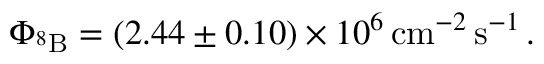
\Phi _ { ^ 8 \mathrm { B } } = ( 2 . 4 4 \pm 0 . 1 0 ) \times 1 0 ^ { 6 } \, \mathrm { c m } ^ { - 2 } \, \mathrm { s } ^ { - 1 } \, .